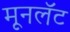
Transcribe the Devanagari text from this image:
मूनलॅट